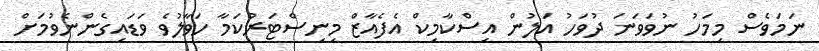
ނަމަވެސް މިމަހު ނުވަވަނަ ދުވަހު އަލުން އިސްކާމިކް އެފެއާޒް މިނިސްޓަރުކަމާ ހަވާލުވެ ވަޑައިގެންނެވުމަށް